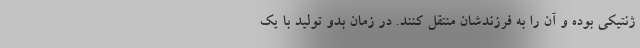
ژنتیکی بوده و آن را به فرزندشان منتقل کنند. در زمان بدو تولید با یک